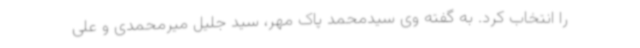
را انتخاب کرد. به گفته وی سیدمحمد پاک مهر، سید جلیل میرمحمدی و علی